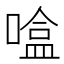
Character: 𰈦